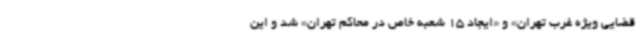
قضایی ویژه غرب تهران» و «ایجاد 15 شعبه خاص در محاکم تهران» شد و این